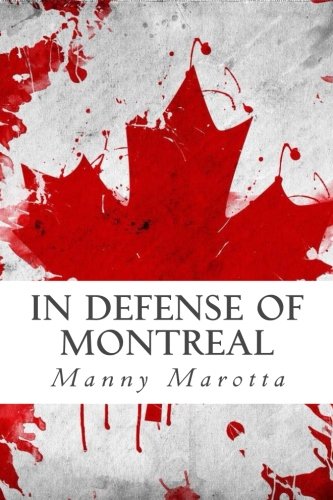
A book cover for In Defense of Montreal; Manny Marotta; Teen & Young Adult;